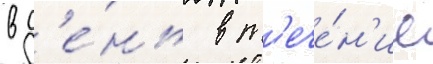
в д'е́нь в т'ече́н'ие